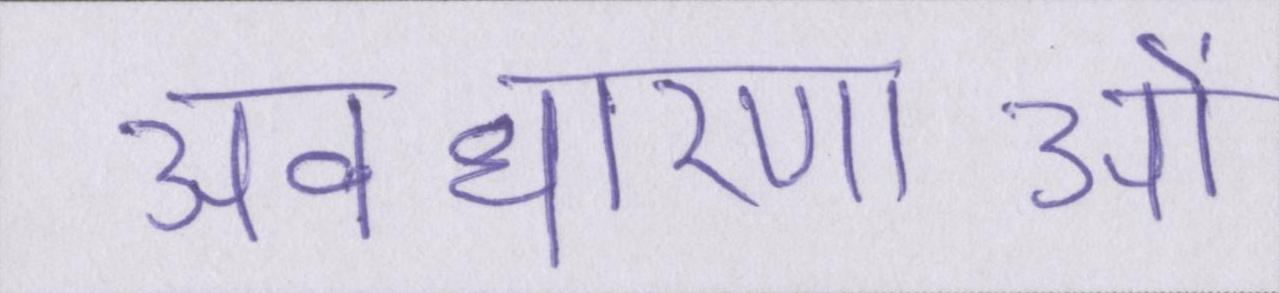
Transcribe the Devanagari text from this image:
अवधारणाओं